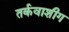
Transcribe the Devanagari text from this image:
तर्कवाशीग